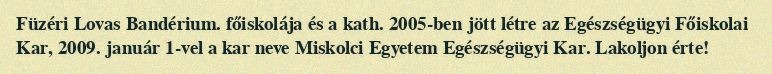
Füzéri Lovas Bandérium. főiskolája és a kath. 2005-ben jött létre az Egészségügyi Főiskolai Kar, 2009. január 1-vel a kar neve Miskolci Egyetem Egészségügyi Kar. Lakoljon érte!